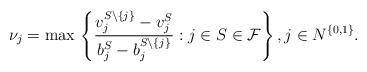
LaTeX: \begin{align*}\nu_j = \max \, \left\{\frac{v^{S \setminus \{j\}}_j - v^{S}_j}{b^S_j - b^{S \setminus \{j\}}_j}: j \in S \in \mathcal{F}\right\}, j \in N^{\{0, 1\}}.\end{align*}